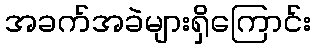
အခက်အခဲများရှိကြောင်း